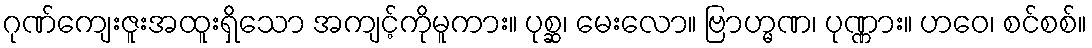
ဂုဏ်ကျေးဇူးအထူးရှိသော အကျင့်ကိုမူကား။ ပုစ္ဆ၊ မေးလော။ ဗြာဟ္မဏ၊ ပုဏ္ဏား။ ဟဝေ၊ စင်စစ်။